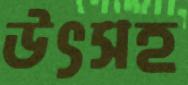
উৎসহ